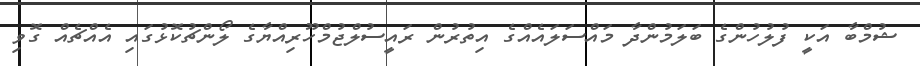
ޝުމްބާ އަކީ ފުލުހުންގެ ބަލަމުންދާ މައްސަލައެއްގެ އިތުރުން ރައީސުލްޖުމްހޫރިއްޔާގެ ލޯންޗުކޮޅުގައި އެއްޗެއް ގޮވި